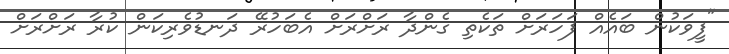
"ފީވަކުން ބައެއް ފަހަރަށް ތަކެތި ގެންދާ ރަށްރަށް އެބަހުރޭ ދަނޑުވެރިކަން ކުރާ ރަށްރަށް